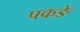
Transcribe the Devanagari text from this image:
पकङे